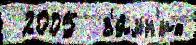
 2005  з'и́мн'их